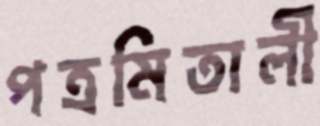
পত্রমিতালী